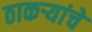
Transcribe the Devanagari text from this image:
ठाकऱ्यांचे